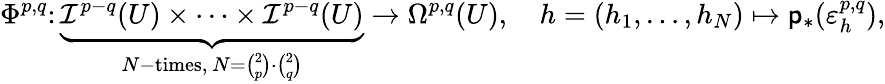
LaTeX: \Phi^{p,q}\colon\underbrace{\mathcal I^{p-q}(U)\times\dots\times\mathcal I^{p-q}(U)}_{N\mathrm{-times},~N={\binom{2}{p}}\cdot{\binom{2}{q}}}\rightarrow\Omega^{p,q}(U),\quad h=(h_{1},\dots,h_{N})\mapsto\mathsf{p}_{*}(\varepsilon_{h}^{p,q}),